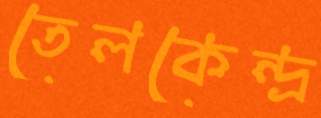
তেলকেন্দ্র